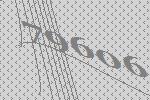
79606